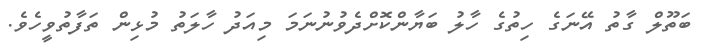
ބަތޫލް ގާތު އޭނަގެ ހިތުގެ ހާލު ބަޔާންކޮށްދެވުނުނަމަ މިއަދު ހާލަތު މުޅިން ތަފާތުވީހެވެ.